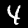
Digit: 4